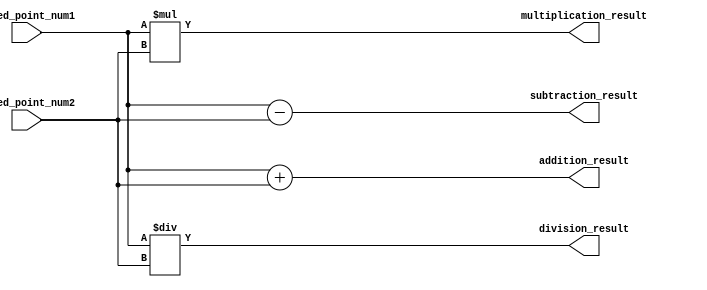
module fixed_point_converter(
    input [31:0] fixed_point_num1,
    input [31:0] fixed_point_num2,
    output reg [31:0] addition_result,
    output reg [31:0] subtraction_result,
    output reg [31:0] multiplication_result,
    output reg [31:0] division_result
);

// Addition module
always @(*) begin
    addition_result = fixed_point_num1 + fixed_point_num2;
end

// Subtraction module
always @(*) begin
    subtraction_result = fixed_point_num1 - fixed_point_num2;
end

// Multiplication module
always @(*) begin
    multiplication_result = fixed_point_num1 * fixed_point_num2;
end

// Division module
always @(*) begin
    division_result = fixed_point_num1 / fixed_point_num2;
end

endmodule